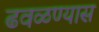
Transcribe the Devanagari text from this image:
ढवळण्यास